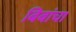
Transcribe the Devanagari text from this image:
बिबांचा